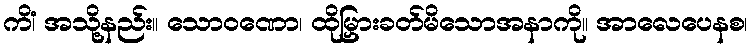
ကိံ၊ အသို့နည်း။ သောဝဏော၊ ထိုမြှားခတ်မိသောအနာကို။ အာလေပေနစ၊